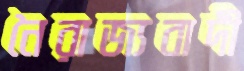
নৈরাজ্যবাদী